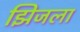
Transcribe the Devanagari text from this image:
झिजला